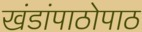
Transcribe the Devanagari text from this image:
खंडांपाठोपाठ